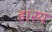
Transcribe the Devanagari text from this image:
हास्‍य